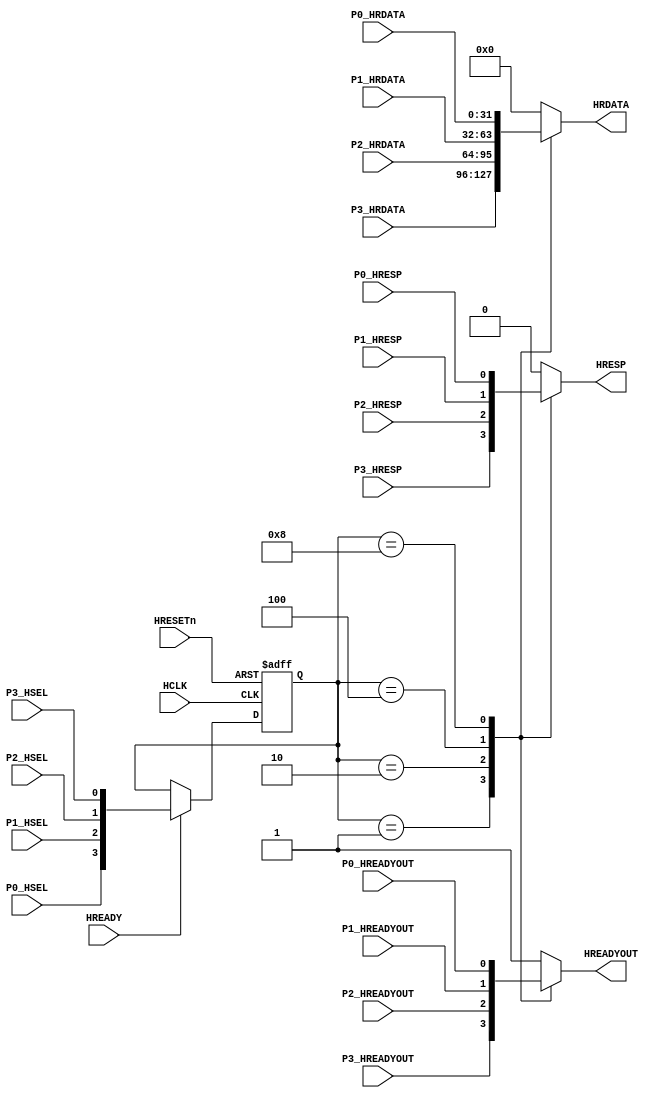
// This program was cloned from: https://github.com/flyjancy/CortexM0_SoC_Task
// License: MIT License

module AHBlite_SlaveMUX (

    input HCLK,
    input HRESETn,
    input HREADY,

    //port 0
    input P0_HSEL,
    input P0_HREADYOUT,
    input P0_HRESP,
    input [31:0] P0_HRDATA,

    //port 1
    input P1_HSEL,
    input P1_HREADYOUT,
    input P1_HRESP,
    input [31:0] P1_HRDATA,

    //port 2
    input P2_HSEL,
    input P2_HREADYOUT,
    input P2_HRESP,
    input [31:0] P2_HRDATA,

    //port 3
    input P3_HSEL,
    input P3_HREADYOUT,
    input P3_HRESP,
    input [31:0] P3_HRDATA,

    //output
    output wire HREADYOUT,
    output wire HRESP,
    output wire [31:0] HRDATA
);

//reg the hsel
reg [3:0] hsel_reg;

always@(posedge HCLK or negedge HRESETn) begin
    if(~HRESETn) hsel_reg <= 4'b0000;
    else if(HREADY) hsel_reg <= {P0_HSEL,P1_HSEL,P2_HSEL,P3_HSEL};
end

//hready mux
reg hready_mux;

always@(*) begin
    case(hsel_reg)
    4'b0001 : begin hready_mux = P3_HREADYOUT;end
    4'b0010 : begin hready_mux = P2_HREADYOUT;end
    4'b0100 : begin hready_mux = P1_HREADYOUT;end
    4'b1000 : begin hready_mux = P0_HREADYOUT;end
    default : begin hready_mux = 1'b1;end
    endcase
end

assign HREADYOUT = hready_mux;

//hresp mux
reg hresp_mux;

always@(*) begin
    case(hsel_reg)
    4'b0001 : begin hresp_mux = P3_HRESP;end
    4'b0010 : begin hresp_mux = P2_HRESP;end
    4'b0100 : begin hresp_mux = P1_HRESP;end
    4'b1000 : begin hresp_mux = P0_HRESP;end
    default : begin hresp_mux = 1'b0;end
    endcase
end

assign HRESP = hresp_mux;

//hrdata mux
reg [31:0] hrdata_mux;

always@(*) begin
    case(hsel_reg)
    4'b0001 : begin hrdata_mux = P3_HRDATA;end
    4'b0010 : begin hrdata_mux = P2_HRDATA;end
    4'b0100 : begin hrdata_mux = P1_HRDATA;end
    4'b1000 : begin hrdata_mux = P0_HRDATA;end
    default : begin hrdata_mux = 32'b0;end
    endcase
end

assign HRDATA = hrdata_mux;

endmodule